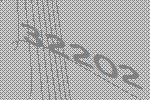
32202